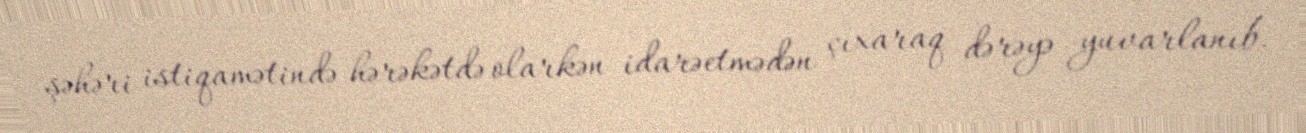
şəhəri istiqamətində hərəkətdə olarkən idarəetmədən çıxaraq dərəyə yuvarlanıb.